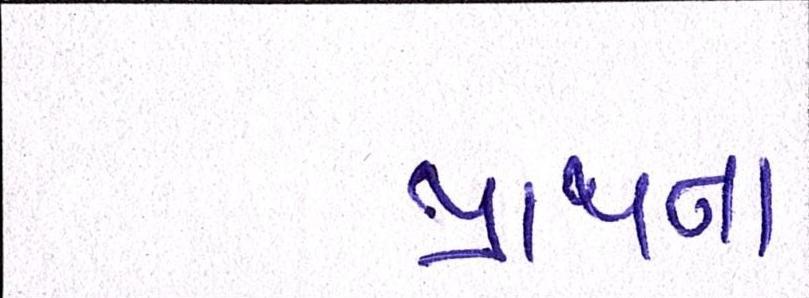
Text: પ્રથાન